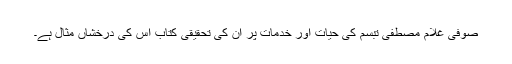
صوفی غلام مصطفی تبسم کی حیات اور خدمات پر ان کی تحقیقی کتاب اس کی درخشاں مثال ہے۔